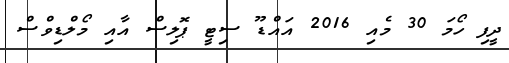
ދީފި ހޯމަ 30 މެއި 2016 އައްޑޫ ސިޓީ ޕޮލިސް އާއި މޯލްޑިވްސް